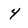
Character: 4